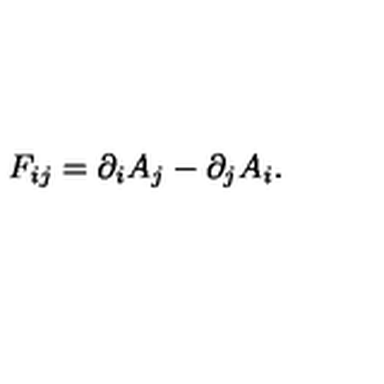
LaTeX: F _ { i j } = \partial _ { i } A _ { j } - \partial _ { j } A _ { i } .